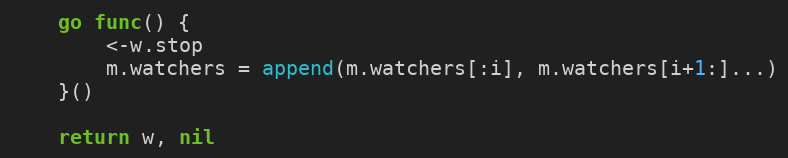
Language: Go
	go func() {
		<-w.stop
		m.watchers = append(m.watchers[:i], m.watchers[i+1:]...)
	}()

	return w, nil